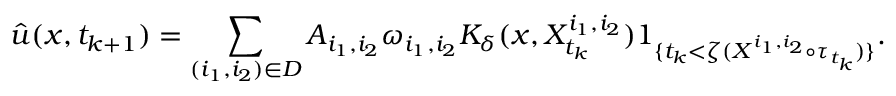
\Hat { u } ( x , t _ { k + 1 } ) = \sum _ { ( i _ { 1 } , i _ { 2 } ) \in D } A _ { i _ { 1 } , i _ { 2 } } \omega _ { i _ { 1 } , i _ { 2 } } K _ { \delta } ( x , X _ { t _ { k } } ^ { i _ { 1 } , i _ { 2 } } ) 1 _ { \{ t _ { k } < \zeta ( X ^ { i _ { 1 } , i _ { 2 } } \circ \tau _ { t _ { k } } ) \} } .